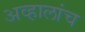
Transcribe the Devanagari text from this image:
अव्हालांच